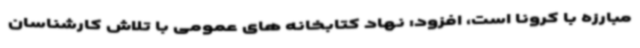
مبارزه با کرونا است، افزود: نهاد کتابخانه های عمومی با تلاش کارشناسان